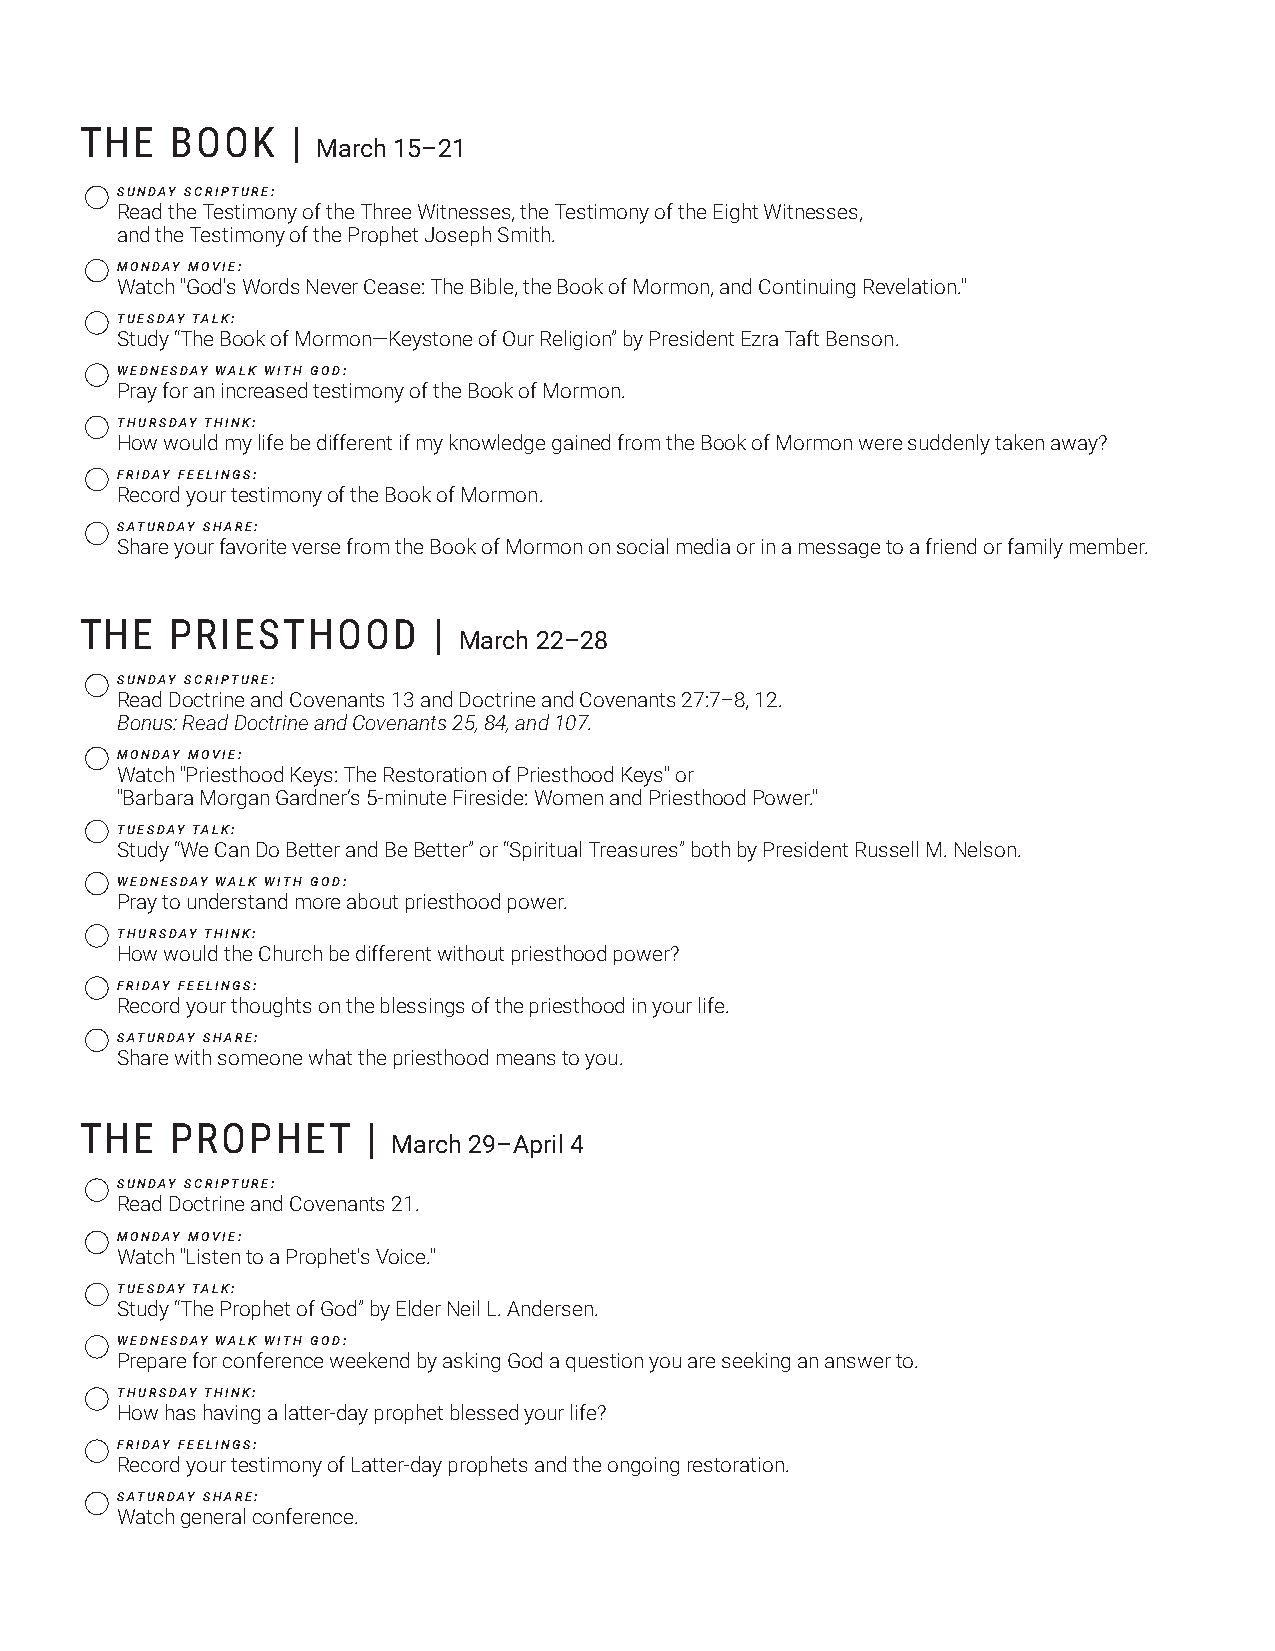
THE   BOOK    |
 March 15–21
 SUNDAY SCRIPTURE:
 Read the Testimony of the Three Witnesses, the Testimony of the Eight Witnesses,
 and the Testimony of the Prophet Joseph Smith.
 MONDAY MOVIE:
 Watch "God's Words Never Cease: The Bible, the Book of Mormon, and Continuing Revelation."
 TUESDAY TALK:
 Study “The Book of Mormon—Keystone of Our Religion” by President Ezra Taft Benson.
 WEDNESDAY WALK WITH GOD:
 Pray for an increased testimony of the Book of Mormon.
 THURSDAY THINK:
 How would my life be different if my knowledge gained from the Book of Mormon were suddenly taken away?
 FRIDAY FEELINGS:
 Record your testimony of the Book of Mormon.
 SATURDAY SHARE:
 Share your favorite verse from the Book of Mormon on social media or in a message to a friend or family member.
 THE   PRIESTHOOD        |
 March 22–28
 SUNDAY SCRIPTURE:
 Read Doctrine and Covenants 13 and Doctrine and Covenants 27:7–8, 12.
 Bonus: Read Doctrine and Covenants 25, 84, and 107.
 MONDAY MOVIE:
 Watch "Priesthood Keys: The Restoration of Priesthood Keys" or
 "Barbara Morgan Gardner’s 5-minute Fireside: Women and Priesthood Power."
 TUESDAY TALK:
 Study “We Can Do Better and Be Better” or “Spiritual Treasures” both by President Russell M. Nelson.
 WEDNESDAY WALK WITH GOD:
 Pray to understand more about priesthood power.
 THURSDAY THINK:
 How would the Church be different without priesthood power?
 FRIDAY FEELINGS:
 Record your thoughts on the blessings of the priesthood in your life.
 SATURDAY SHARE:
 Share with someone what the priesthood means to you.
 THE   PROPHET      |
 March 29–April 4
 SUNDAY SCRIPTURE:
 Read Doctrine and Covenants 21.
 MONDAY MOVIE:
 Watch "Listen to a Prophet's Voice."
 TUESDAY TALK:
 Study “The Prophet of God” by Elder Neil L. Andersen.
 WEDNESDAY WALK WITH GOD:
 Prepare for conference weekend by asking God a question you are seeking an answer to.
 THURSDAY THINK:
 How has having a latter-day prophet blessed your life?
 FRIDAY FEELINGS:
 Record your testimony of Latter-day prophets and the ongoing restoration.
 SATURDAY SHARE:
 Watch general conference.